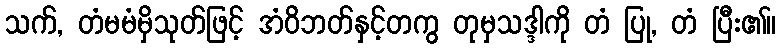
သက်, တံမမံမှိသုတ်ဖြင့် အံဝိဘတ်နှင့်တကွ တုမှသဒ္ဒါကို တံ ပြု, တံ ပြီး၏။